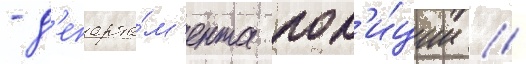
- д'епарта́м'ента пол'и́ции //